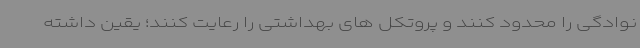
نوادگی را محدود کنند و پروتکل های بهداشتی را رعایت کنند؛ یقین داشته